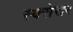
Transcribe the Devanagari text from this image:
स्क्सेसर